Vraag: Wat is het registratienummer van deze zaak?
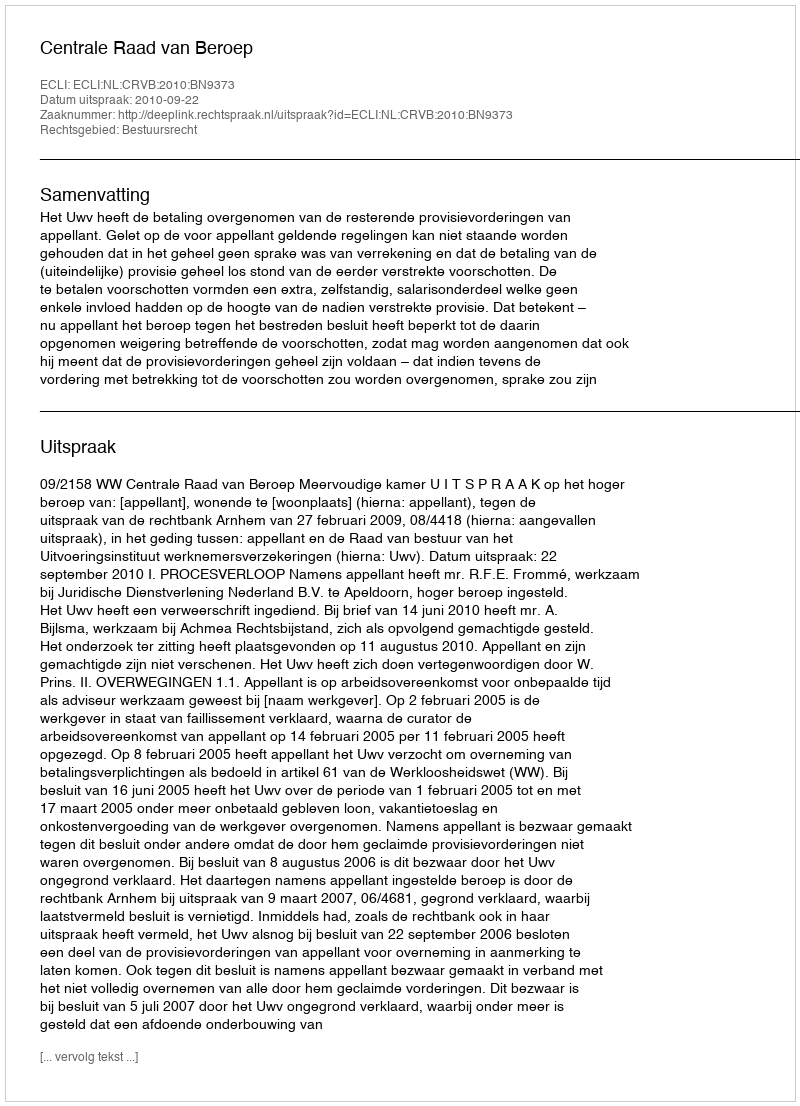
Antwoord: http://deeplink.rechtspraak.nl/uitspraak?id=ECLI:NL:CRVB:2010:BN9373